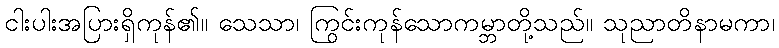
ငါးပါးအပြားရှိကုန်၏။ သေသာ၊ ကြွင်းကုန်သောကမ္ဘာတို့သည်။ သုညာတိနာမကာ၊